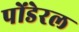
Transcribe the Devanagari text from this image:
पोंडेरल